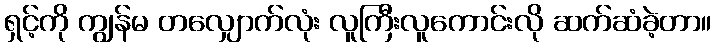
ရှင့်ကို ကျွန်မ တလျှောက်လုံး လူကြီးလူကောင်းလို ဆက်ဆံခဲ့တာ။